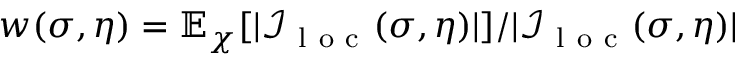
w ( \sigma , \eta ) = \mathbb { E } _ { \chi } [ | \mathcal { I } _ { \mathrm { ~ l ~ o ~ c ~ } } ( \sigma , \eta ) | ] / | \mathcal { I } _ { \mathrm { ~ l ~ o ~ c ~ } } ( \sigma , \eta ) |